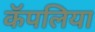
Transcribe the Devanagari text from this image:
कॅपलिया